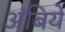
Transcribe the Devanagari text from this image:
अंबिये